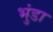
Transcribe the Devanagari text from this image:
भुंडा